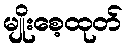
မျိုးစေ့ထုတ်